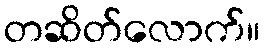
တဆိတ်လောက်။